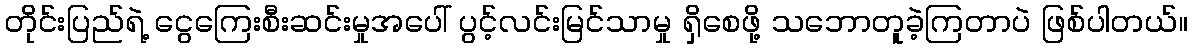
တိုင်းပြည်ရဲ့ ငွေကြေးစီးဆင်းမှုအပေါ် ပွင့်လင်းမြင်သာမှု ရှိစေဖို့ သဘောတူခဲ့ကြတာပဲ ဖြစ်ပါတယ်။